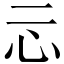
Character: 忈